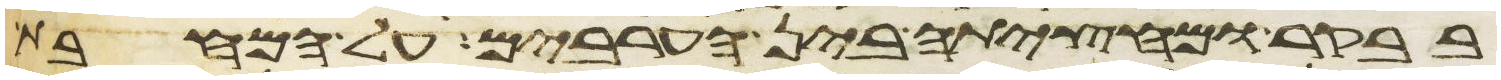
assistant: בבקר ומחציתה בין הערבים על המחבת